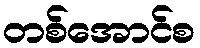
တစ်အောင်စ